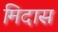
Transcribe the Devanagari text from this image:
मिदास